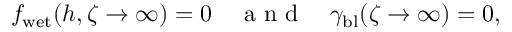
f _ { \mathrm { w e t } } ( h , \zeta \to \infty ) = 0 \quad \mathrm { ~ a ~ n ~ d ~ } \quad \gamma _ { \mathrm { b l } } ( \zeta \to \infty ) = 0 ,